Civil Veterinary Department. Madras. Admin. report 1926-33 - 1926-1933
Year: 1926
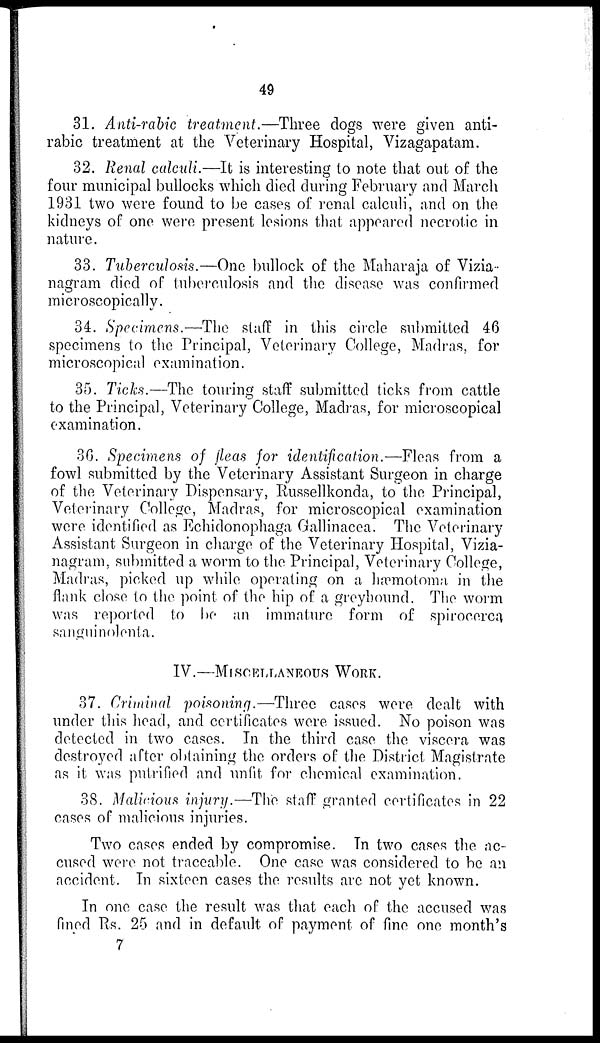
49
31. Anti-rabic treatment.—Three dogs were given anti-
rabic treatment at the Veterinary Hospital, Vizagapatam.
32. Renal calculi.—It is interesting to note that out of the
four municipal bullocks which died during February and March
1931 two were found to be cases of renal calculi, and on the
kidneys of one were present lesions that appeared necrotic in
nature.
33. Tuberculosis.—One bullock of the Maharaja of Vizia-
nagram died of tuberculosis and the disease was confirmed
microscopically.
34. Specimens.—The staff in this circle submitted 46
specimens to the Principal, Veterinary College, Madras, for
microscopical examination.
35. Ticks.—The touring staff submitted ticks from cattle
to the Principal, Veterinary College, Madras, for microscopical
examination.
36. Specimens of fleas for identification.—Fleas from a
fowl submitted by the Veterinary Assistant Surgeon in charge
of the Veterinary Dispensary, Russellkonda, to the Principal,
Veterinary College, Madras, for microscopical examination
were identified as Echidonophaga Gallinacea. The Veterinary
Assistant Surgeon in charge of the Veterinary Hospital, Vizia-
nagram, submitted a worm to the Principal, Veterinary College,
Madras, picked up while operating on a hæmotoma in the
flank close to the point of the hip of a greyhound. The worm
was reported to be an immature form of spirocerca
sanguinolenta.
IV.—MISCELLANEOUS WORK.
37. Criminal poisoning.—Three cases were dealt with
under this head, and certificates were issued. No poison was
detected in two cases. In the third case the viscera was
destoyed after obtaining the orders of the District Magistrate
as it was putrified and unfit for chemical examination.
38. Malicious injury.—The staff granted certificates in 22
cases of malicious injuries.
Two cases ended by compromise. In two cases the ac-
cused were not traceable. One case was considered to be an
accident. In sixteen cases the results are not yet known.
In one case the result was that each of the accused was
fined Rs. 25 and in default of payment of fine one month's
7